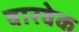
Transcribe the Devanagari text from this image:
वारवेक